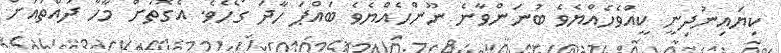
ކިޔައިނުދިނީ ކީއްވެހެއްޔެވެ ބުނަންވާނެ ނޫންހެއްޔެވެ ބައްޕަ ހާދަ ގޯހެވެ. އެގޮތަށް މާހާ ދައްތައަށް